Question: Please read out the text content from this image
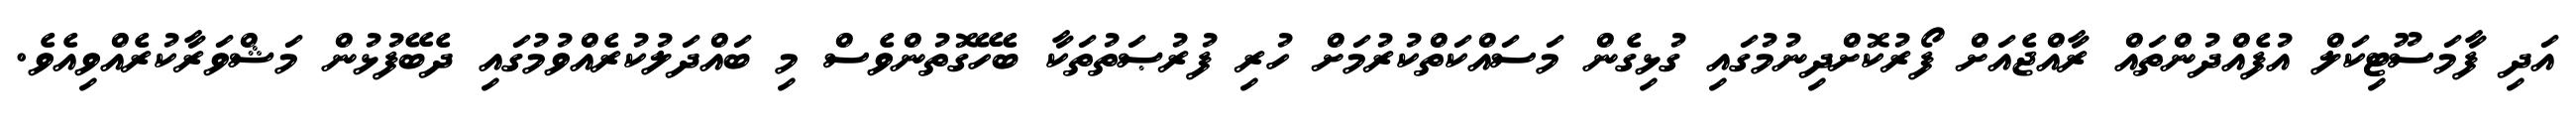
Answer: އަދި ފާމަސޫޓިކަލް އުފެއްދުންތައް ރާއްޖެއަށް ފޯރުކޮށްދިނުމުގައި ގުޅިގެން މަސައްކަތްކުރުމަށް ހުރި ފުރުޞަތުތަކާ ބެހޭގޮތުންވެސް މި ބައްދަލުކުރެއްވުމުގައި ދެބޭފުޅުން މަޝްވަރާކުރެއްވިއެވެ.